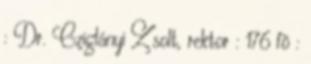
: Dr. Cziglányi Zsolt, rektor : 176 fõ :